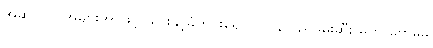
အဆိုပါလှူ အများအာဖြင့် သွားနှင့်ခံတွင်းရောဂါ ပြန်လည်ဖမ်းဆီး မဟာဗောဓိမှ